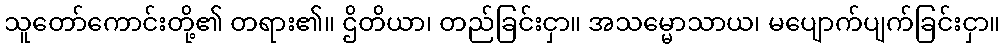
သူတော်ကောင်းတို့၏ တရား၏။ ဌိတိယာ၊ တည်ခြင်းငှာ။ အသမ္မောသာယ၊ မပျောက်ပျက်ခြင်းငှာ။